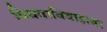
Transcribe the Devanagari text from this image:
विधवाविवाहावर